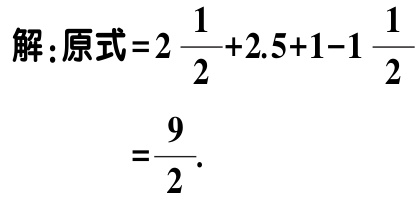
解：原式\(=2\frac{1}{2}+2.5 + 1 - 1\frac{1}{2}\)

\(=\frac{9}{2}\).